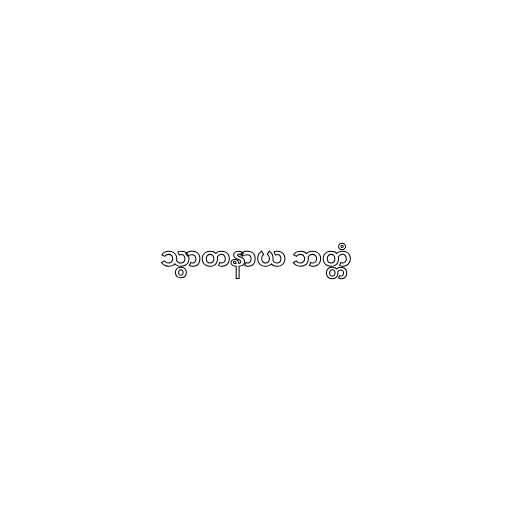
သွာတနာယ ဘတ္တံ